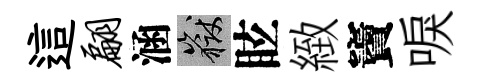
這翩涵岳眩緻竇唳